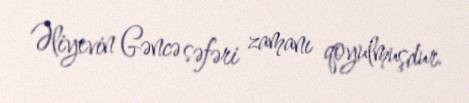
Əliyevin Gəncə səfəri zamanı qoyulmuşdur.